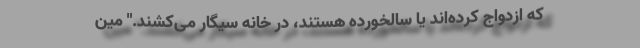
که ازدواج کرده‌اند یا سالخورده هستند، در خانه سیگار می‌کشند." مین